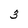
Character: 3